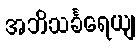
အဘိသင်္ခရေယျ